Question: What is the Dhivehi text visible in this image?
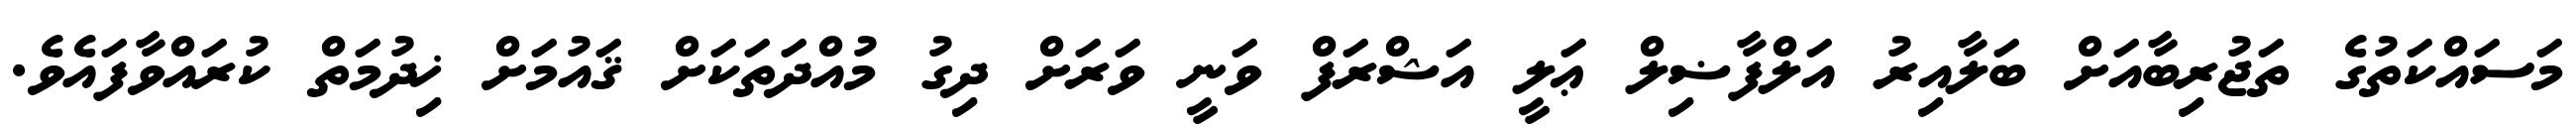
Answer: މަސައްކަތުގެ ތަޖުރިބާއަށް ބަލާއިރު އަލްފާޟިލް ޢަލީ އަޝްރަފް ވަނީ ވަރަށް ދިގު މުއްދަތަކަށް ޤައުމަށް ޚިދުމަތް ކުރައްވާފައެވެ.